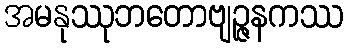
အမနုဿုဘတောဗျဉ္ဇနကဿ